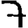
Digit: 7